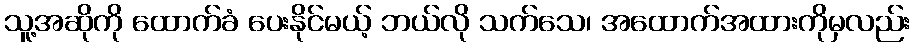
သူ့အဆိုကို ထောက်ခံ ပေးနိုင်မယ့် ဘယ်လို သက်သေ၊ အထောက်အထားကိုမှလည်း